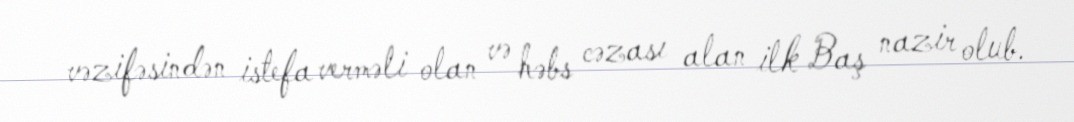
vəzifəsindən istefa verməli olan və həbs cəzası alan ilk Baş nazir olub.